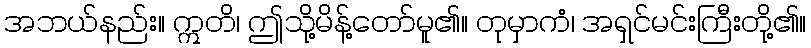
အဘယ်နည်း။ ဣတိ၊ ဤသို့မိန့်တော်မူ၏။ တုမှာကံ၊ အရှင်မင်းကြီးတို့၏။